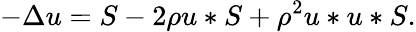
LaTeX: -\Delta u=S-2\rho u\ast S+\rho^{2}u\ast u\ast S.